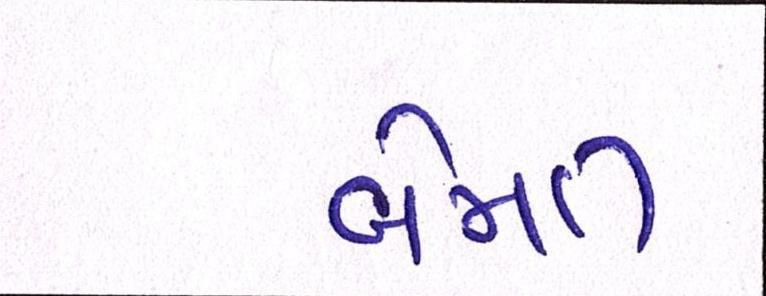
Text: બેમત